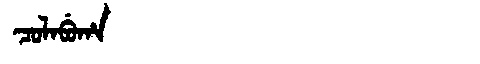
Manchu: ᠴᠣᠯᠠᠪᡠᡥᠠ
Romanization: COLABUHA